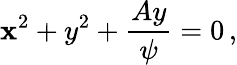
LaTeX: \mathbf{x}^{2}+y^{2}+{\frac{{Ay}}{{\psi}}}=0\, ,